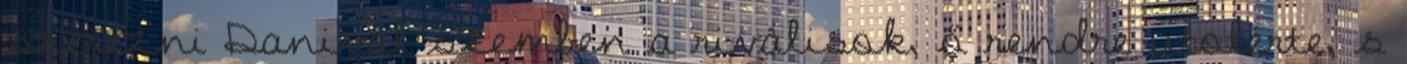
szerezni Danival szemben a riválisok, ő rendre utolérte, s